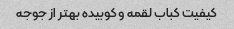
کیفیت کباب لقمه و کوبیده بهتر از جوجه